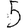
Digit: 5